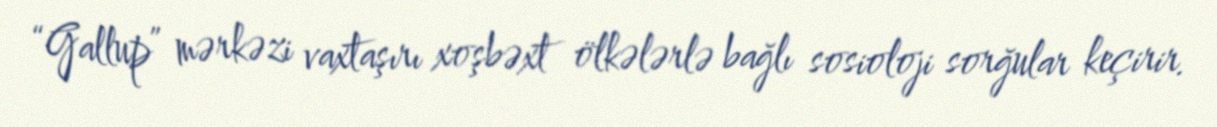
“Gallup” mərkəzi vaxtaşırı xoşbəxt ölkələrlə bağlı sosioloji sorğular keçirir.